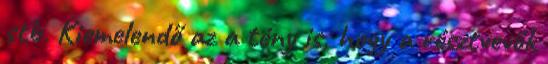
stb. Kiemelendő az a tény is, hogy a résztvevők